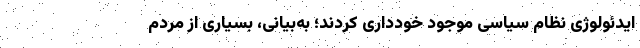
ایدئولوژی نظام سیاسی موجود خودداری کردند؛ به‌بیانی، بسیاری از مردم